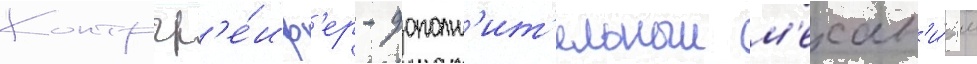
Контргр'е́иф'ер - дополн'ит'ельныи м'ехан'и́зм